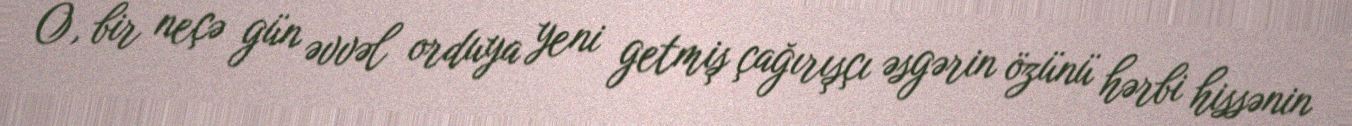
O, bir neçə gün əvvəl orduya yeni getmiş çağırışçı əsgərin özünü hərbi hissənin